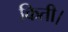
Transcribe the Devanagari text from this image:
किती।